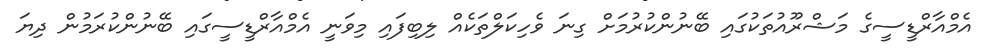
އެމްއާރްޑީސީގެ މަޝްރޫއުތަކުގައި ބޭނުންކުރުމަށް ގިނަ ވެހިކަލްތަކެއް ލިބިފައި މިވަނީ އެމްއާރްޑީސީގައި ބޭނުންކުރަމުން ދިޔަ